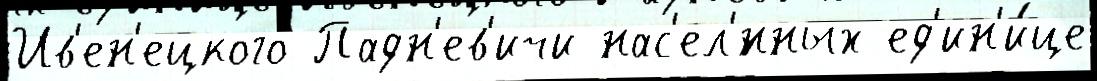
Ив'ен'ецкого Падн'ев'ичи нас'ел'́нных ед'ин'и́це